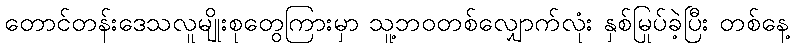
တောင်တန်းဒေသလူမျိုးစုတွေကြားမှာ သူ့ဘဝတစ်လျှောက်လုံး နှစ်မြုပ်ခဲ့ပြီး တစ်နေ့